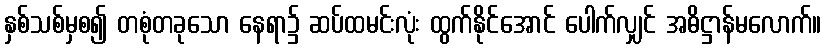
နှစ်သစ်မှစ၍ တစုံတခုသော နေရာ၌ ဆပ်ထမင်းလုံး ထွက်နိုင်အောင် ပေါက်လျှင် အဓိဋ္ဌာန်မလောက်။